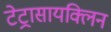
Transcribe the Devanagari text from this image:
टेट्रासायक्लिन